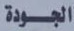
الجودة